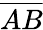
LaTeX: \overline{{AB}}